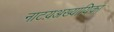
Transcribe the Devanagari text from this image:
नाटय़अख्यायिका